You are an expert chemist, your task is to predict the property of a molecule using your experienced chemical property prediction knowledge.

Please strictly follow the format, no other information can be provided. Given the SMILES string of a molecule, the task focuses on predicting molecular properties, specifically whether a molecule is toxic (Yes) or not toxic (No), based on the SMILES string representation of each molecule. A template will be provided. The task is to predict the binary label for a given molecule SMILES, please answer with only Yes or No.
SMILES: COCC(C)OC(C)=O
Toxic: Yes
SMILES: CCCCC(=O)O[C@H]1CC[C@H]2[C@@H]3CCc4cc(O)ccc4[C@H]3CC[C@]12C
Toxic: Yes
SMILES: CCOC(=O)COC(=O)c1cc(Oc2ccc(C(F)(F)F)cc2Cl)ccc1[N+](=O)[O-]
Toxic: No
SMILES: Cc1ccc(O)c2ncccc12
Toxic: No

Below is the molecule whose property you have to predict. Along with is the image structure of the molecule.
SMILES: CCC(C)(c1ccc(O)cc1)c1ccc(O)cc1
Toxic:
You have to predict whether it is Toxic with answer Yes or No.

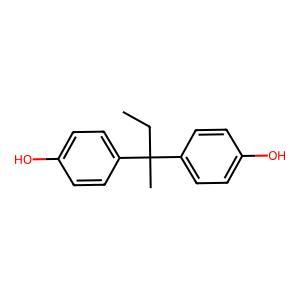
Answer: No